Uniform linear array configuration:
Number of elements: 16
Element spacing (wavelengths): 1
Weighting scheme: uniform
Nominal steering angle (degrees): -30
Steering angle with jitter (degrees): -31.541
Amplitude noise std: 0.05
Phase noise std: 0.05

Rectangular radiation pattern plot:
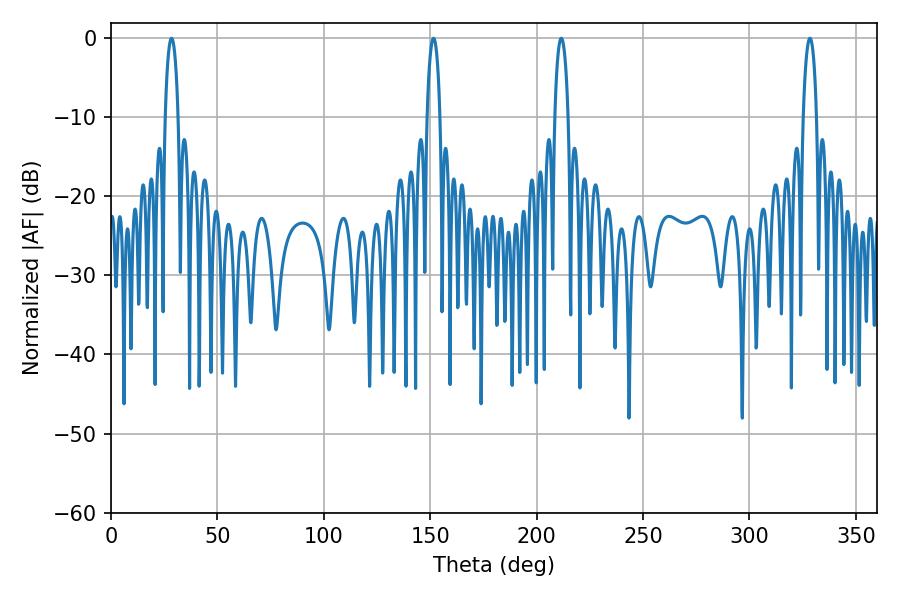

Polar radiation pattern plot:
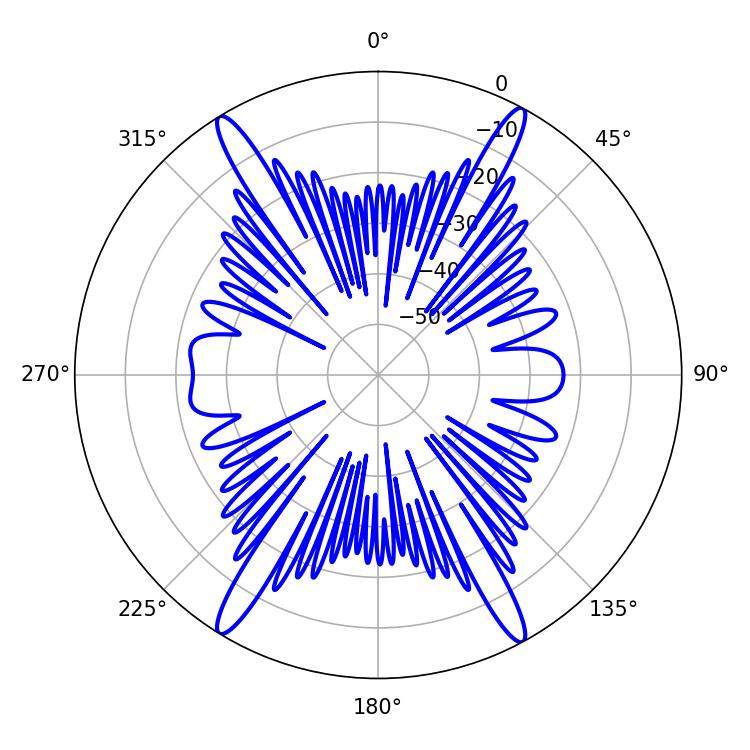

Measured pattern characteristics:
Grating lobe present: TRUE
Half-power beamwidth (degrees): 3.42
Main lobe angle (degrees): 28.44